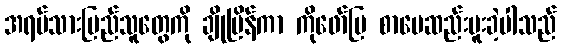
အရပ်သားပြည်သူတွေကို ချိုမြိန်ကာ ကိုဖော်ပြ စာပေဆည်းပူးခဲ့ပါသည်